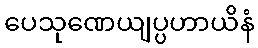
ပေသုဏေယျပ္ပဟာယိနံ